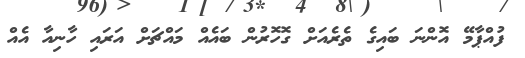
ފުއްޕާމޭ އޮންނަ ބައިގެ ތެރެއަށް ގޮހޮރުން ބައެއް މައްޗަށް އަރައި ހާނިއާ އެއް